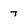
Character: 7